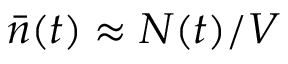
\bar { n } ( t ) \approx { N ( t ) } / { V }